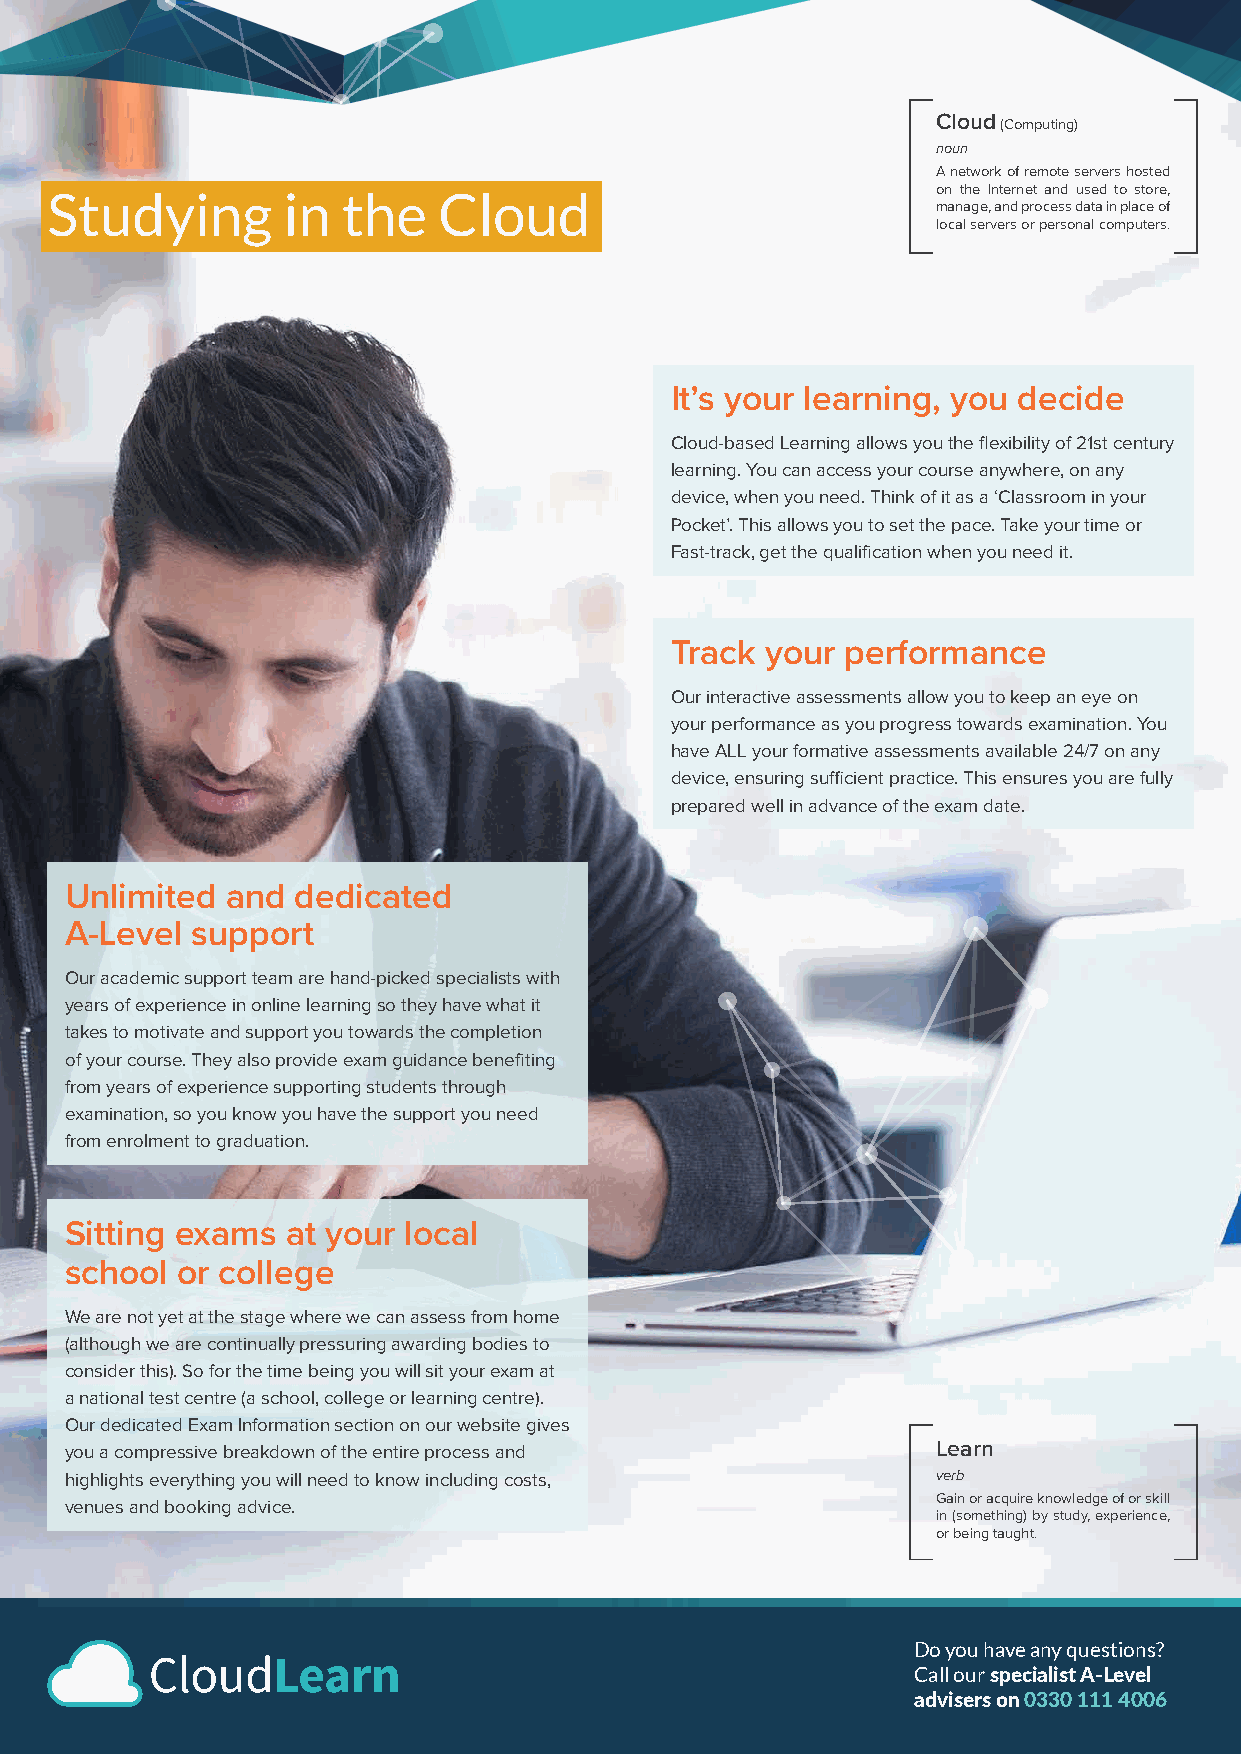
[                 ]
 Cloud (Computing)
 noun
 A network of remote servers hosted
 Studying        in  the   Cloud                            on the Internet and used to store,
 manage, and process data in place of
 local servers or personal computers.
 It’s your learning, you decide
 Cloud-based Learning allows you the flexibility of 21st century
 learning. You can access your course anywhere, on any
 device, when you need. Think of it as a ‘Classroom in your
 Pocket’. This allows you to set the pace. Take your time or
 Fast-track, get the qualification when you need it.
 Track  your performance
 Our interactive assessments allow you to keep an eye on
 your performance as you progress towards examination. You
 have ALL your formative assessments available 24/7 on any
 device, ensuring sufficient practice. This ensures you are fully
 prepared well in advance of the exam date.
 Unlimited  and  dedicated
 A-Level  support
 Our academic support team are hand-picked specialists with
 years of experience in online learning so they have what it
 takes to motivate and support you towards the completion
 of your course. They also provide exam guidance benefiting
 from years of experience supporting students through
 examination, so you know you have the support you need
 from enrolment to graduation.
 Sitting exams  at your local
 school  or college
 We are not yet at the stage where we can assess from home
 (although we are continually pressuring awarding bodies to
 consider this). So for the time being you will sit your exam at
 a national test centre (a school, college or learning centre).
 Our dedicated Exam Information section on our website gives [            ]
 you a compressive breakdown of the entire process and     Learn
 highlights everything you will need to know including costs, verb
 Gain or acquire knowledge of or skill
 venues and booking advice.
 in (something) by study, experience,
 or being taught.
 Do you have any questions?
 Call our specialist A-Level
 advisers on 0330 111 4006